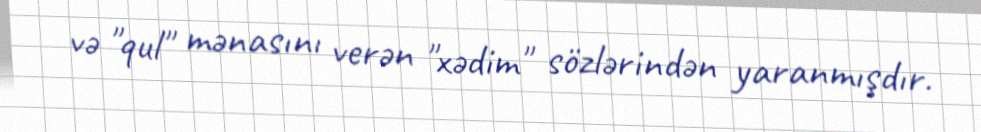
və "qul" mənasını verən "xədim" sözlərindən yaranmışdır.